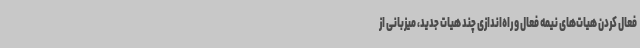
فعال کردن هیات‌های نیمه فعال و راه‌اندازی چند هیات جدید، میزبانی از